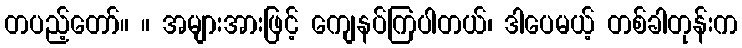
တပည့်တော်။ ။ အများအားဖြင့် ကျေနပ်ကြပါတယ်၊ ဒါပေမယ့် တစ်ခါတုန်းက